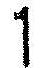
1